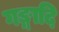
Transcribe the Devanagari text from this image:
गङ्गादि